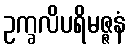
ဥက္ခလိပရိမဇ္ဇနံ